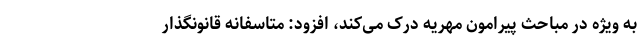
به ویژه در مباحث پیرامون مهریه درک می‌کند، افزود: متاسفانه قانونگذار